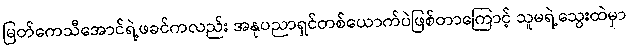
မြတ်ကေသီအောင်ရဲ့ဖခင်ကလည်း အနုပညာရှင်တစ်ယောက်ပဲဖြစ်တာကြောင့် သူမရဲ့သွေးထဲမှာ